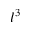
l ^ { 3 }